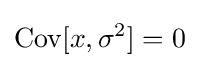
\operatorname {Cov} [x,\sigma ^{2}]=0